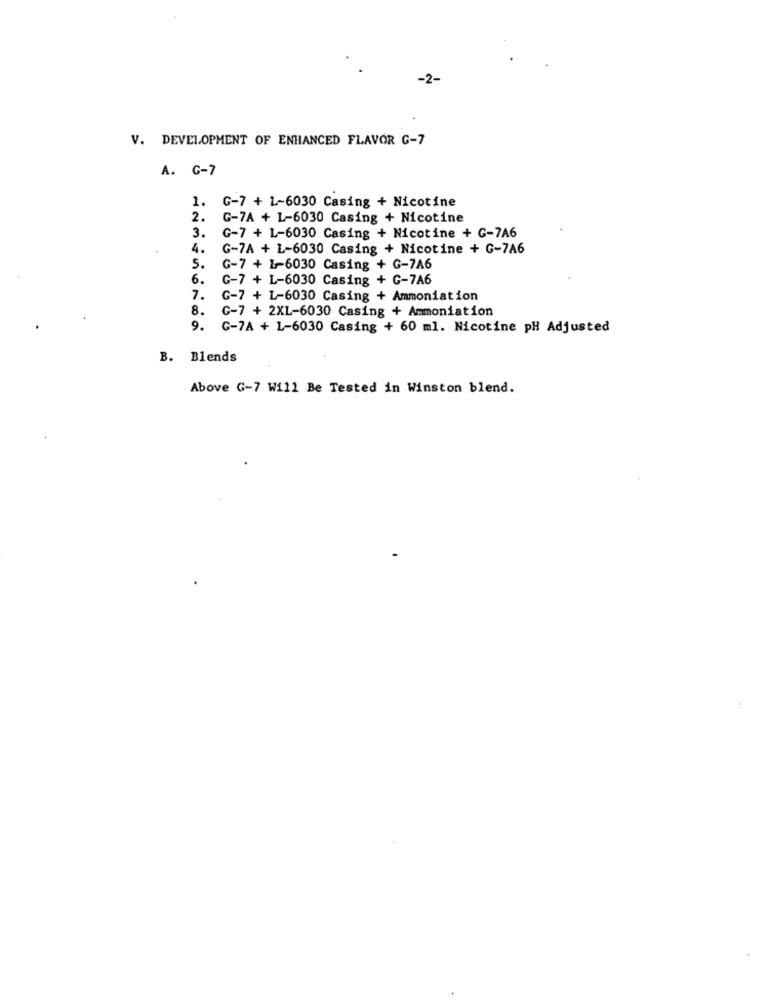
V. DEVELOPMENT OF ENHANCED FLAVOR G-7
A. G-7
1. G-7 + L-6030 Casing + Nicotine
2.
G-7A + L-6030 Casing + Nicotine
3.
G-7 + 1-6030 Casing + Nicotine + G-7A6
4.
G-7A + L-6030 Casing + Nicotine + G-7A6
5.
G-7 + 1-6030 Casing + G-7A6
6.
G-7 + L-6030 Casing + G-7A6
7.
G-7 + L-6030 Casing + Ammoniation
8. G-7 + 2XL-6030 Casing + Ammoniation
9. G-7A + L-6030 Casing + 60 ml. Nicotine pH Adjusted
B. Blends
Above G-7 Will Be Tested in Winston blend.